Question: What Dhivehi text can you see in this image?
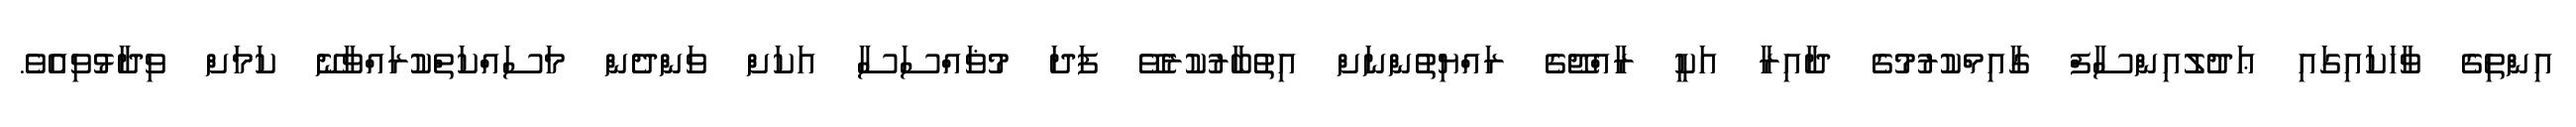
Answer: އިންތިގެ ވާހަކައިގައި ޢަދުލުއިންސާފް ގާއިމްކުރުމުގެ ދާއިރާ އަކީ ރާއްޖޭގެ ރައްޔިތުންނަށް އިތުބާރުކުރެވޭ ފަދަ މުޥައްސަސާ އަކަށް ވަންދެން މަސައްކަތްކުރައްވާނޭ ކަމަށް ވިދާޅުވިއެވެ.